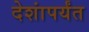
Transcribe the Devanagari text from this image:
देशांपर्यंत